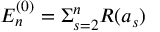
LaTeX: E _ { n } ^ { ( 0 ) } = \Sigma _ { s = 2 } ^ { n } R ( a _ { s } )